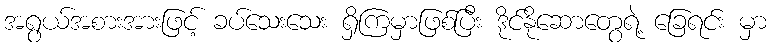
အရွယ်အစားအားဖြင့် ခပ်သေးသေး ရှိကြမှာဖြစ်ပြီး ဒိုင်နိုဆောတွေရဲ့ ခြေရင်း မှာ